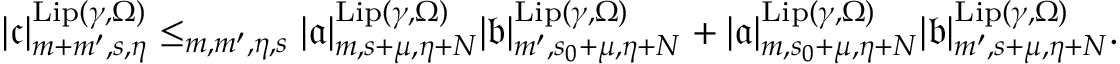
\begin{array} { r } { | \mathfrak { c } | _ { m + m ^ { \prime } , s , \eta } ^ { \mathrm { L i p } ( \gamma , \Omega ) } \le _ { m , m ^ { \prime } , \eta , s } | \mathfrak { a } | _ { m , s + \mu , \eta + N } ^ { \mathrm { L i p } ( \gamma , \Omega ) } | \mathfrak { b } | _ { m ^ { \prime } , s _ { 0 } + \mu , \eta + N } ^ { \mathrm { L i p } ( \gamma , \Omega ) } + | \mathfrak { a } | _ { m , s _ { 0 } + \mu , \eta + N } ^ { \mathrm { L i p } ( \gamma , \Omega ) } | \mathfrak { b } | _ { m ^ { \prime } , s + \mu , \eta + N } ^ { \mathrm { L i p } ( \gamma , \Omega ) } . } \end{array}